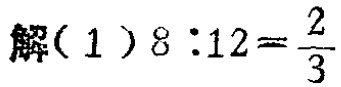
解（1）\(8:12=\frac{2}{3}\)